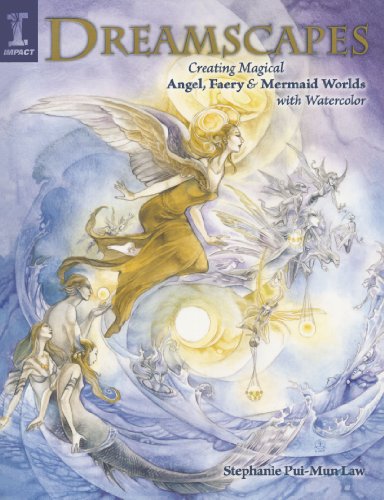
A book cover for Dreamscapes: Creating Magical Angel, Faery & Mermaid Worlds In Watercolor; Stephanie Pui-Mun Law; Arts & Photography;